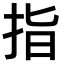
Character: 指